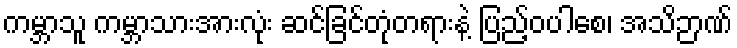
ကမ္ဘာသူ ကမ္ဘာသားအားလုံး ဆင်ခြင်တုံတရားနဲ့ ပြည့်ဝပါစေ၊ အသိဉာဏ်